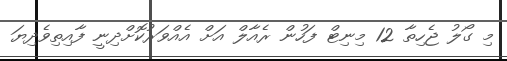
މި ގޯލު ޖެހިތާ 12 މިނިޓް ފަހުން ރެއާލް އަށް އެއްވަރުކޮށްދިނީ ފާއިތިވެދިޔަ